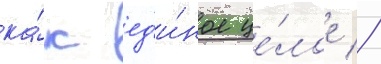
ка́к ед'и́ное це́лое //